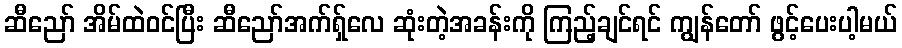
ဆီညော် အိမ်ထဲဝင်ပြီး ဆီညော်အက်ရှ်လေ ဆုံးတဲ့အခန်းကို ကြည့်ချင်ရင် ကျွန်တော် ဖွင့်ပေးပါ့မယ်